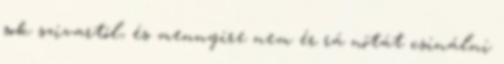
sok szivartól, és mennyire nem ér rá nótát csinálni